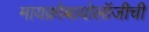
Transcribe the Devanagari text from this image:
मायक्रोबायोलॉजीची